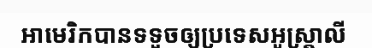
អាមេរិកបានទទួចឲ្យប្រទេសអូស្ត្រាលី